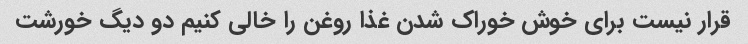
قرار نیست برای خوش خوراک شدن غذا روغن را خالی کنیم دو دیگ خورشت